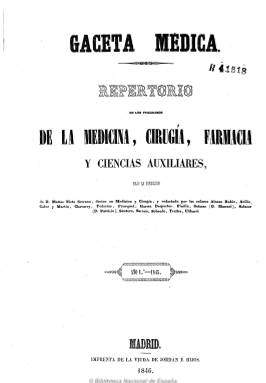
Título: Gaceta médica (Madrid)
Colección: Medicina
Ámbito geográfico: Madrid
Lugar de publicación: Madrid
Fechas: 10/01/1845-30/12/1853

Periódico de medicina, cirugía y farmacia, así como de ciencias auxiliares, órgano oficial del Instituto Médico de Emulación, que aparece el diez de enero de 1845, bajo la dirección de su propietario y futuro marqués de Guadalerzas, el doctor Matías Nieto Serrano (1813-1902), que se centrará en ofrecer artículos e información de carácter científica y profesional. Su núcleo central son sus artículos de clínica quirúrgica, tanto originales como resumidos de otras revistas científicas españolas y extranjeras, sobre el ejercicio profesional y sobre las actividades y propuestas del citado instituto. Ofrece también anuncios de libros profesionales, reseñas bibliográficas, legislación y normativa sanitaria, fórmulas farmacéuticas, información y referencias de las actividades de las sociedades científicas, necrológicas y pequeñas crónicas sobre asuntos socio-políticos.

En su cuadro de redactores y colaboradores se encuentran destacados nombres de la medicina de la época, entre los que se encuentran Francisco Alonso Rubio, Juan Fourquet, Juan Avilés, José Calvo Martín, Ricardo de Federico, Francisco García Desportés, Águedo Pinilla, Manuel Salazar, Patricio Salazar, Nicolás Santero Moreno, Leoncio Sobrado o N. Chávarry.

Estuvo apareciendo los días 1, 10 y 30 de cada mes, con variación en el formato, en entregas de ocho páginas, compuestas a dos columnas, que forman tomos anuales de 36 números, con foliación continuada, y que contiene al principio de cada uno un índice alfabético de materias. Tiene secciones como Crónica extranjera, Variedades, Sociedades científicas, Vacantes o Folletín (con artículos médico-sociales, biografías, etc.), y una dedicada expresamente a la Sociedad Médica General de Socorros Mutuos, la institución benéfica de las clases médicas a la que contribuye a reformar.

Desde el 10 de marzo al 30 de agosto de 1846 incluye una separata, de cuatro páginas, bajo el título Boletín de medicina y cirugía militar, con numeración y foliación propias. Después de nueve años en publicación, deja de hacerlo el 30 de diciembre de 1853, para fundirse con el Boletín de medicina, cirujía y farmacia (1834-1853) para formar y publicar El siglo médico (1854-1936), que se convertirá en la principal publicación española en esta materia y órgano de la Real Academia de Medicina de Madrid.

En su despedida, Gaceta médica recuerda su labor de fomento del estudio, el ensayo, la experimentación y la atención a la filosofía de la ciencia, además de intervenir en la fijación de una normativa para el establecimiento de la enseñanza oficial en estas facultades. También indica haber denunciado abusos en la práctica de la medicina y la farmacia, haber expuesto sus puntos de vista sobre la organización de la sanidad civil y militar, así como de la beneficencia o de la medicina legal y, en suma, de la administración sanitaria española.

El Instituto Médico de Emulación había publicado previamente, entre 1842 y 1844, un periódico similar bajo el título Anales. Referencias bibliográficas sobre Gaceta médica y el periodismo médico español son las tesis doctorales que llevaron a cabo en 1977 en la Universidad de Valladolid tanto José Centeno Mattern como Ana Menor Odriozola, así como la obra general sobre esta materia de Francisco Méndez Álvaro (1978) y el trabajo de José Manuel López Gómez (2000).